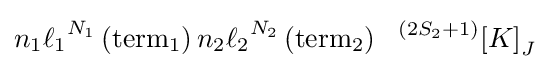
{n_{1}}{\ell _{1}}^{N_{1}}\left(\mathrm {term} _{1}\right){n_{2}}{\ell _{2}}^{N_{2}}\left(\mathrm {term} _{2}\right)~\ {^{\left(2{S_{2}}+1\right)}{{\left[K\right]}_{J}}}